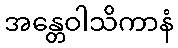
အန္တေဝါသိကာနံ